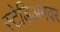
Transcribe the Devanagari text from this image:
स्टेडिअमवर